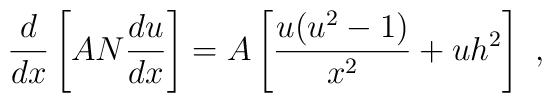
\frac d{dx}\left[AN\frac{du}{dx}\right]=A\left[\frac{u(u^2-1)}{x^2}+uh^2\right] \ ,